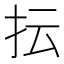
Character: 抎